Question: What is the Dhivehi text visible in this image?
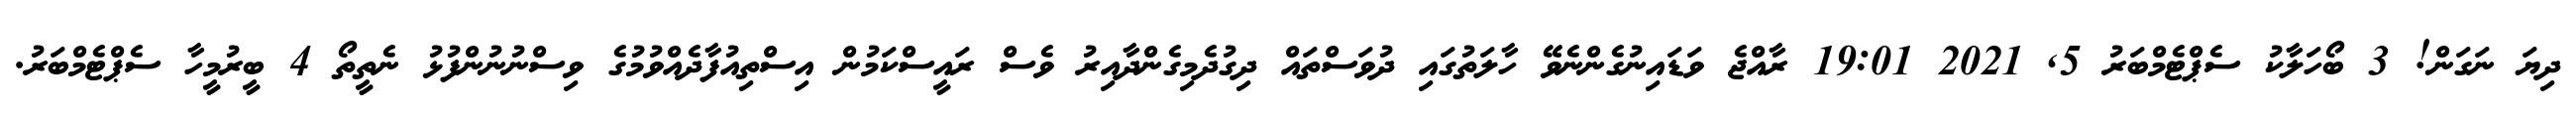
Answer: ދިޔަ ނަގަން! 3 ބޯހަލާކު ސެޕްޓެމްބަރު 5, 2021 19:01 ރާއްޖެ ވަޑައިނުގެންނެވޭ ހާލަތުގައި ދުވަސްތައް ދިގުދެމިގެންދާއިރު ވެސް ރައީސްކަމުން އިސްތިއުފާދެއްވުމުގެ ވިސްނުނުންފުޅު ނެތީތޯ 4 ބީރުމީހާ ސެޕްޓެމްބަރު.